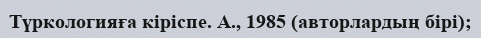
Түркологияға кіріспе. А., 1985 (авторлардың бірі);